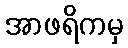
အာဖရိကမှ